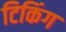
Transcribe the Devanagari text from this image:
टिकिंग